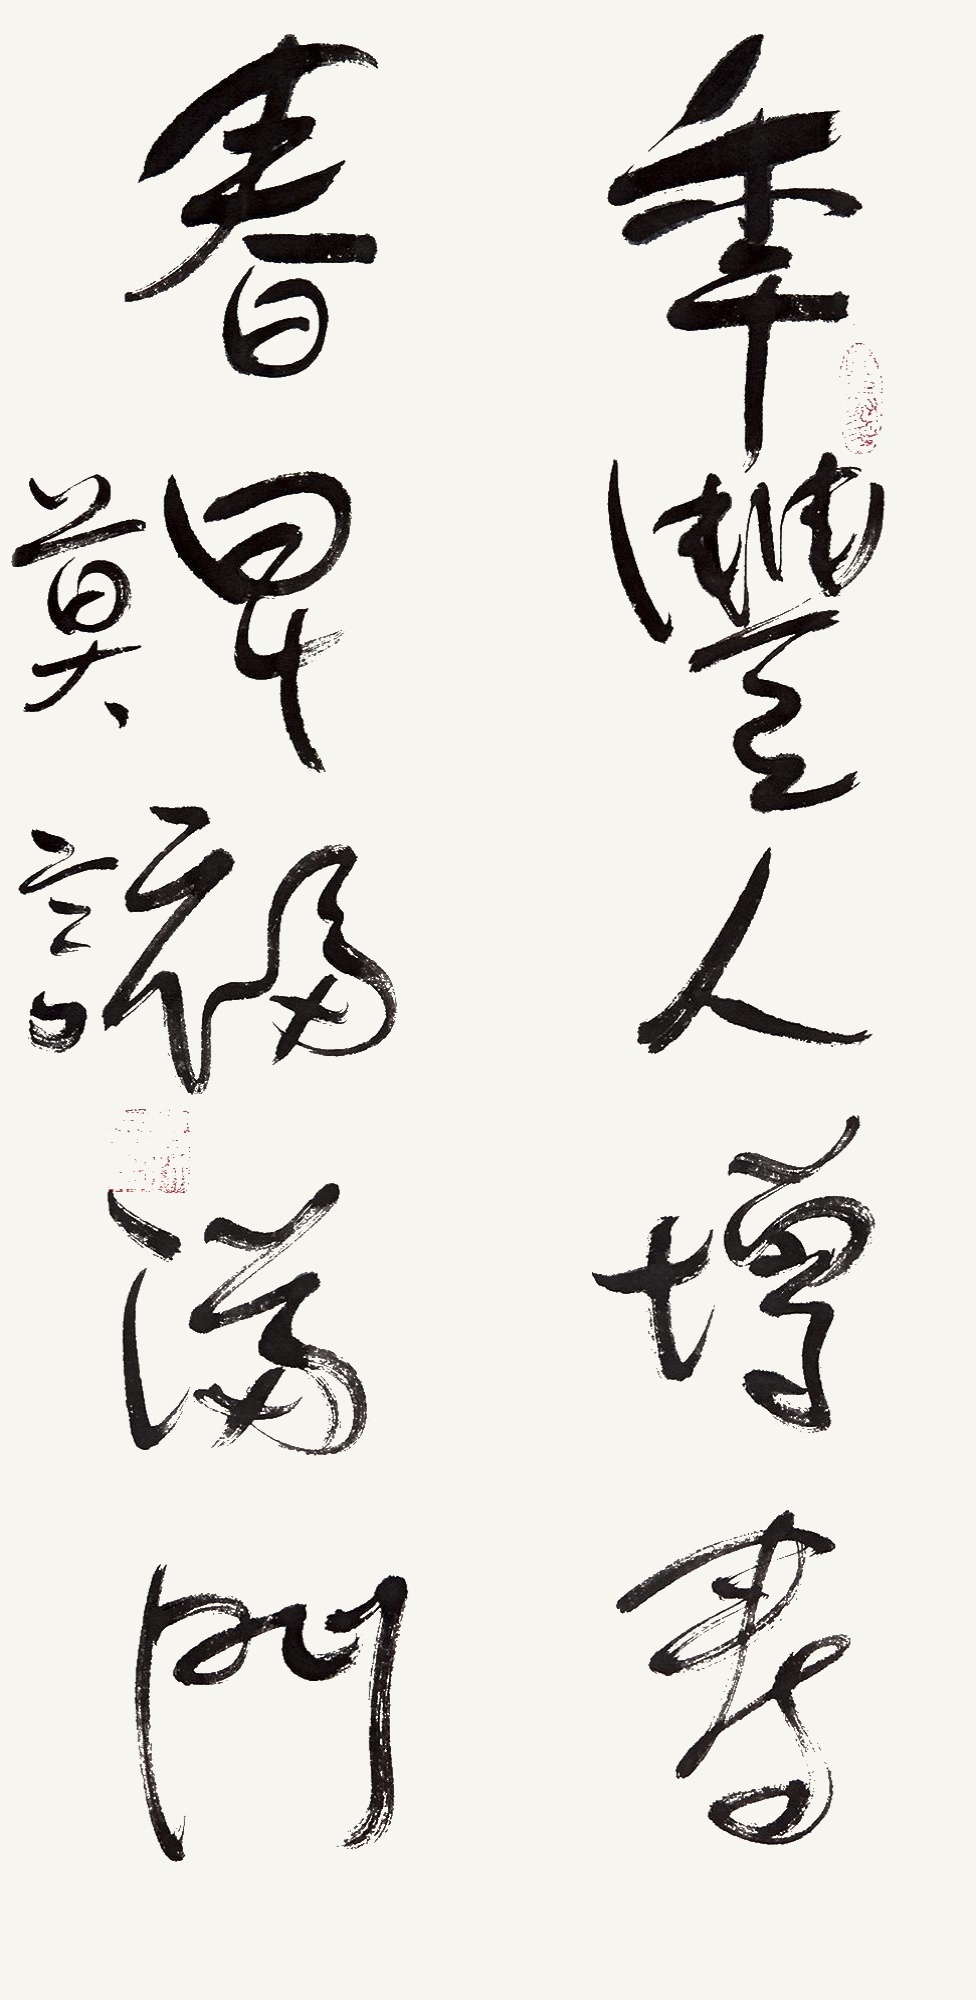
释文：年丰人增寿，春满福满门。莫言。